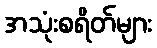
အသုံးစရိတ်များ